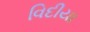
વિદીયા